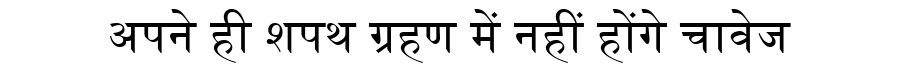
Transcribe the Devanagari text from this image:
अपने ही शपथ ग्रहण में नहीं होंगे चावेज